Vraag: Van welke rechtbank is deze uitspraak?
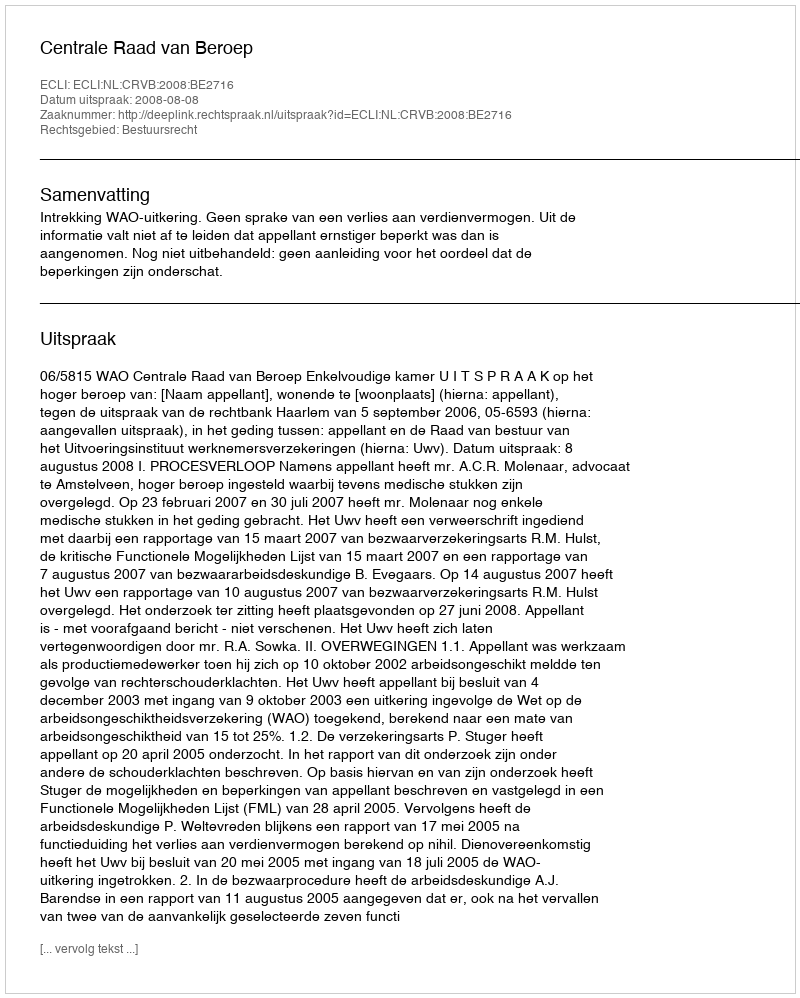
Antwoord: Centrale Raad van Beroep